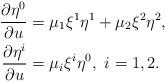
LaTeX: \begin{align*} \begin{aligned} \frac{\partial\eta^0}{\partial u}&=\mu_1\xi^1\eta^1+\mu_2\xi^2\eta^2,\\ \frac{\partial\eta^i}{\partial u}&=\mu_i\xi^i\eta^0,\ i=1,2. \end{aligned}\end{align*}